Report on sanitation, dispensaries, and jails in Rajputana for 1912, and on vaccination for the year 1912-1913 - 1912-1913
Year: 1912
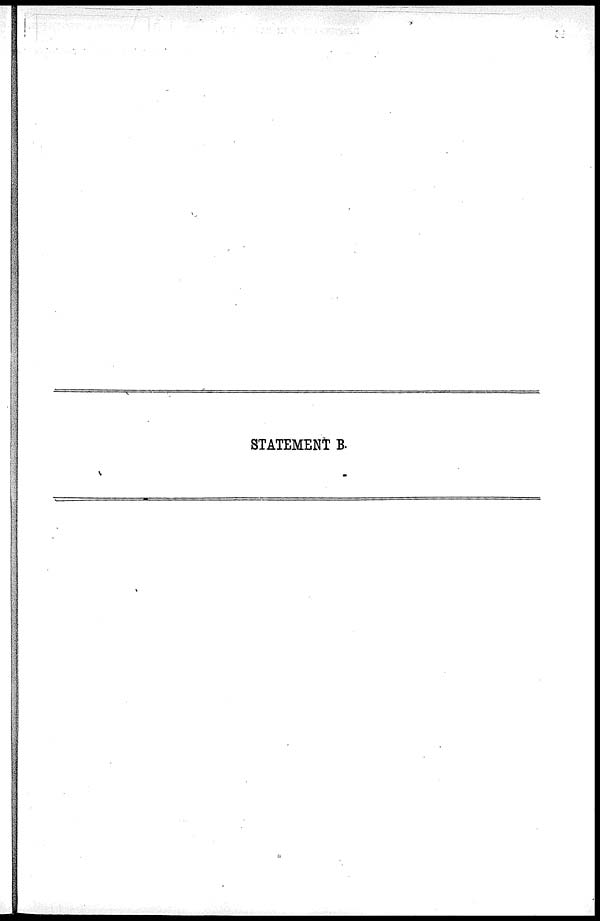
STATEMENT B.